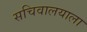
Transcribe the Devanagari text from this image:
सचिवालयाला